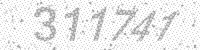
Solution: 311741